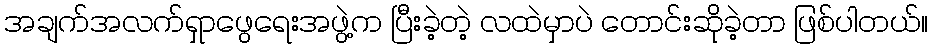
အချက်အလက်ရှာဖွေရေးအဖွဲ့က ပြီးခဲ့တဲ့ လထဲမှာပဲ တောင်းဆိုခဲ့တာ ဖြစ်ပါတယ်။